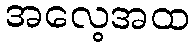
အလေ့အထ